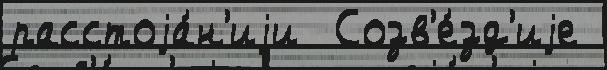
расстоjа́н'иjи  Созв'е́зд'иjе